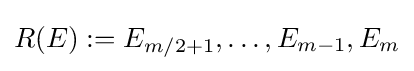
R(E):={E_{m/2+1},\dots ,E_{m-1},E_{m}}